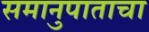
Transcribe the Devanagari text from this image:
समानुपाताचा